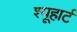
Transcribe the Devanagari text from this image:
श्यूहार्ट